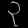
Digit: ၃